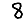
Digit: 8